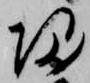
帰